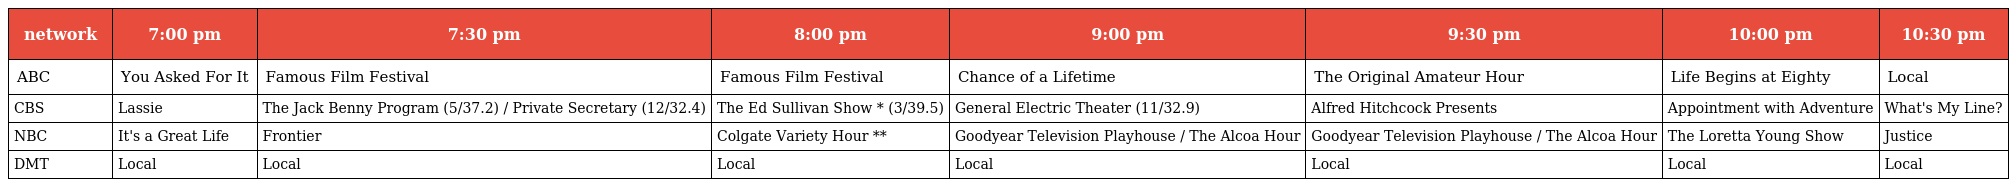
| network | 7:00 pm | 7:30 pm | 8:00 pm | 9:00 pm | 9:30 pm | 10:00 pm | 10:30 pm |
 | --- | --- | --- | --- | --- | --- | --- | --- |
 | ABC | You Asked For It | Famous Film Festival | Famous Film Festival | Chance of a Lifetime | The Original Amateur Hour | Life Begins at Eighty | Local |
 | CBS | Lassie | The Jack Benny Program (5/37.2) / Private Secretary (12/32.4) | The Ed Sullivan Show * (3/39.5) | General Electric Theater (11/32.9) | Alfred Hitchcock Presents | Appointment with Adventure | What's My Line? |
 | NBC | It's a Great Life | Frontier | Colgate Variety Hour ** | Goodyear Television Playhouse / The Alcoa Hour | Goodyear Television Playhouse / The Alcoa Hour | The Loretta Young Show | Justice |
 | DMT | Local | Local | Local | Local | Local | Local | Local |